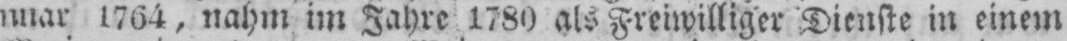
nuar 1764, nahm im Jahre 1780 als Freiwilliger Dienste in einem